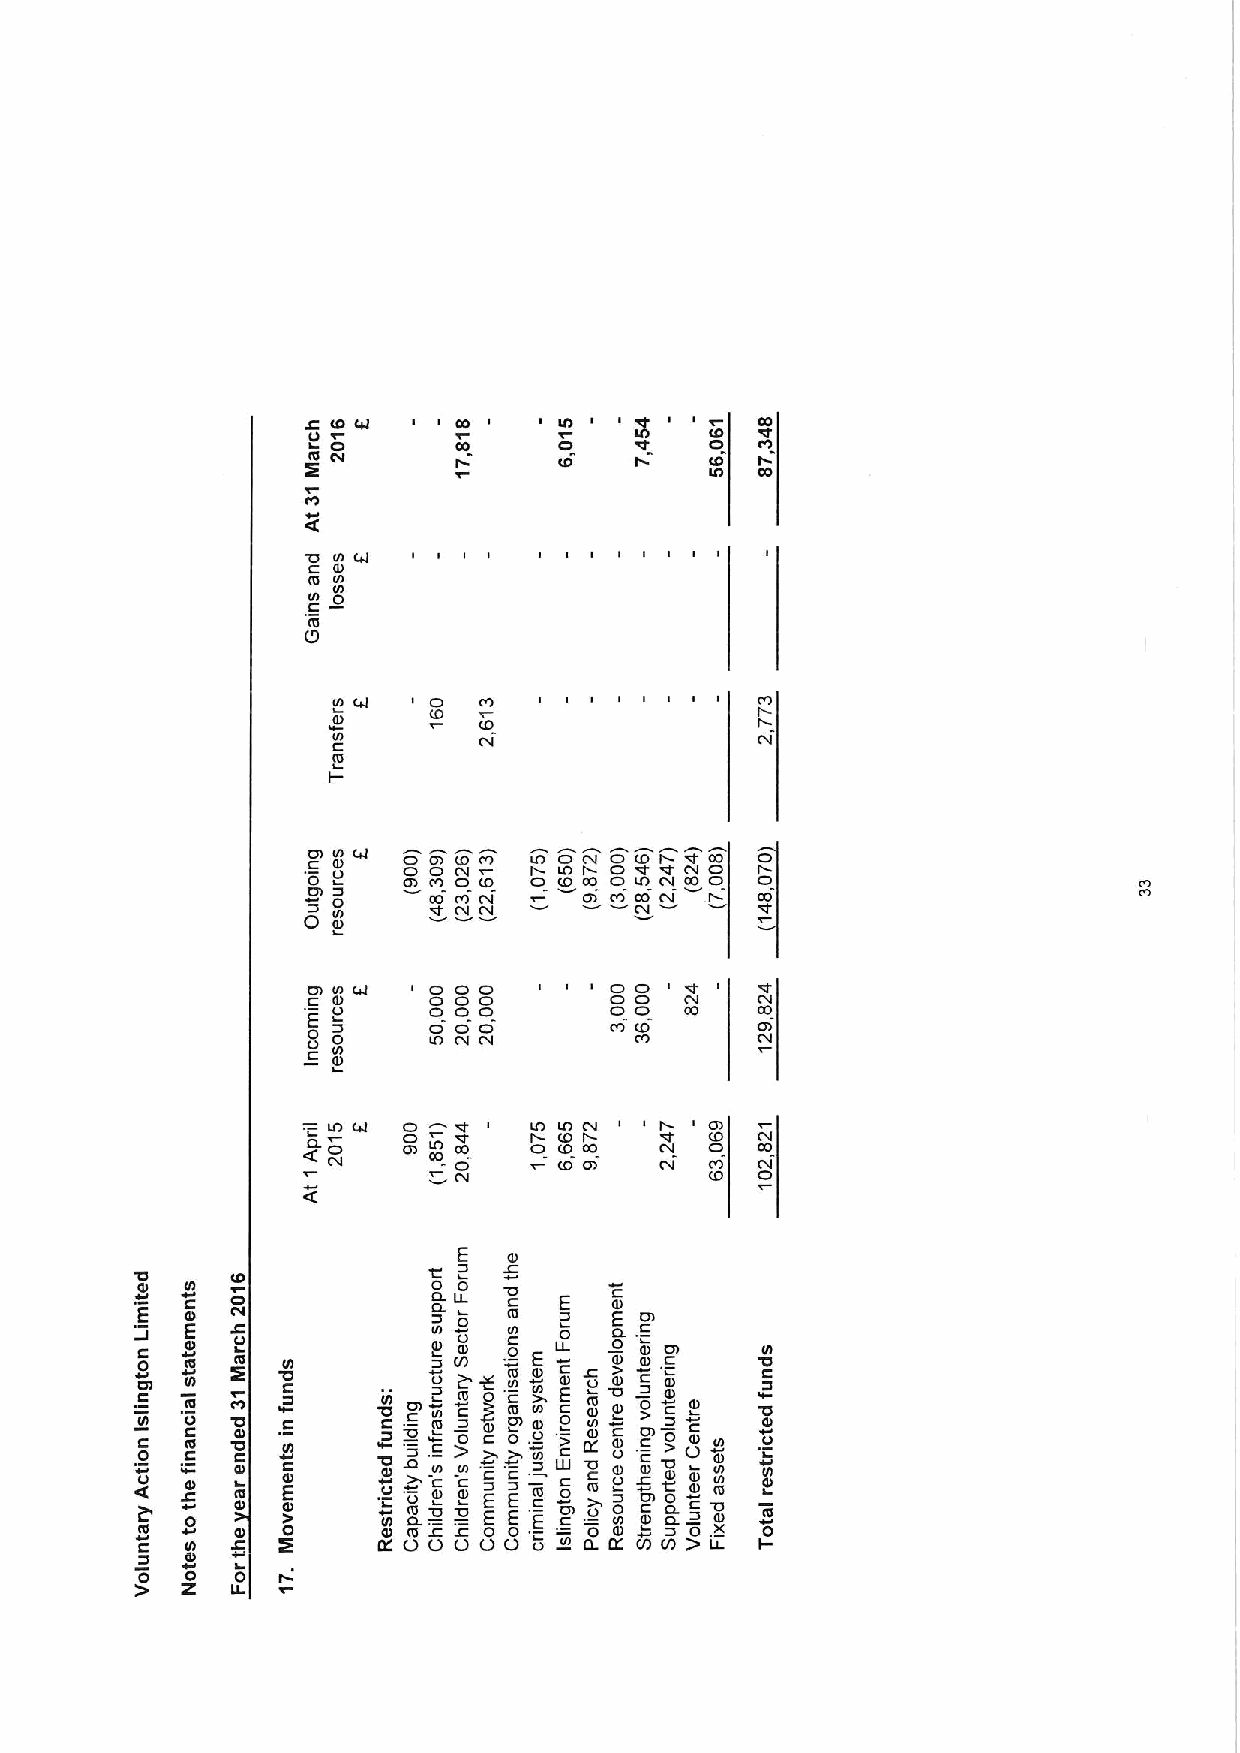
C CO4I
 0                o    IO   IoO
 O                   m
 m ctt            IO   I    (O
 IO
 (4
 0 NS 4l
 (4 N
 N
 0
 6m
 ID Cd O   CO
 (O  (0
 N0
 e
 'p pe 0 llme 0
 0
 Cd  0 0
 CD
 (0
 C
 CD
 O
 O
 ( C0O tl C CO
 O
 I OO CO IOO OI CC ( DDOO O CO(( ON 0O 0pI (N CC ttON Ot OCO O
 I
 0 0
 CO
 N       Ctl
 00
 p0 El NS
 o
 4(   0 0
 0 0
 0 0 00 0
 0
 O0 OOO0 '
 C
 C'l Otl
 t   CO
 p 0                   CO      Ol
 IO Ctl        CO
 N
 ID
 0OIp 4l O0
 al DI" C0 O
 I OO CI (O
 OO
 C(4
 O
 I
 Ot
 ' C0(0D
 C COtt
 OI    CO
 Ctl
 (O Ol  Ctl (0 O CDt
 '
 C(.
 E   S
 '0
 IO            0 0
 4I (4               0.
 E  Py (4            0.( 0L  E   a C0D
 0  E  0             N 4l o S —N 0 0 0 S pl
 0         4l         (O   E e c tll S L
 0 0 0 o
 m
 ' cvI I m4 NeD 4 ' I
 C
 N0 S 4 eO l
 ' XC0
 0 I 0 4 E
 0DI
 l     CN L 0 I O
 I
 4D
 D
 IO— ' —p 0 o I
 C
 (U 4Cl O4
 .=o
 I 0 Cl (00 t 0 Ell L0 0 E
 0 (
 '
 0m
 0N IE 0 0 E ED 't . Ee) N N — o, ( g4E 0 0 LII
 (o
 I(S N 0 0 m
 0
 LD4
 Ke
 0 C C E NSl l
 (0
 0) C 2 I p 0 S 0DD l (4 C0 0 S 0 0 0 0l l .V )I S0 SS 0 0D N lN N m e
 X i
 IC 0 Su t
 0
 -ll
 0  0  t 0
 Z  IL